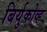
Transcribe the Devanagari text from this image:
बिर्युकोव्ह